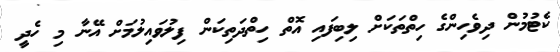
ކެޓުމުން ދިވެހިންގެ ހިތްތަކަށް ލިބިފައި އޮތް ހިތްދަތިކަން ފިލުވައިލުމަށް އޭނާ މި ހެދީ